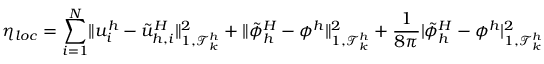
\eta _ { l o c } = \sum _ { i = 1 } ^ { N } \lVert u _ { i } ^ { h } - \tilde { u } _ { h , i } ^ { H } \rVert _ { 1 , \mathcal { T } _ { k } ^ { h } } ^ { 2 } + \lVert \tilde { \phi } _ { h } ^ { H } - \phi ^ { h } \rVert _ { 1 , \mathcal { T } _ { k } ^ { h } } ^ { 2 } + \frac { 1 } { 8 \pi } \lvert \tilde { \phi } _ { h } ^ { H } - \phi ^ { h } \rvert _ { 1 , \mathcal { T } _ { k } ^ { h } } ^ { 2 }